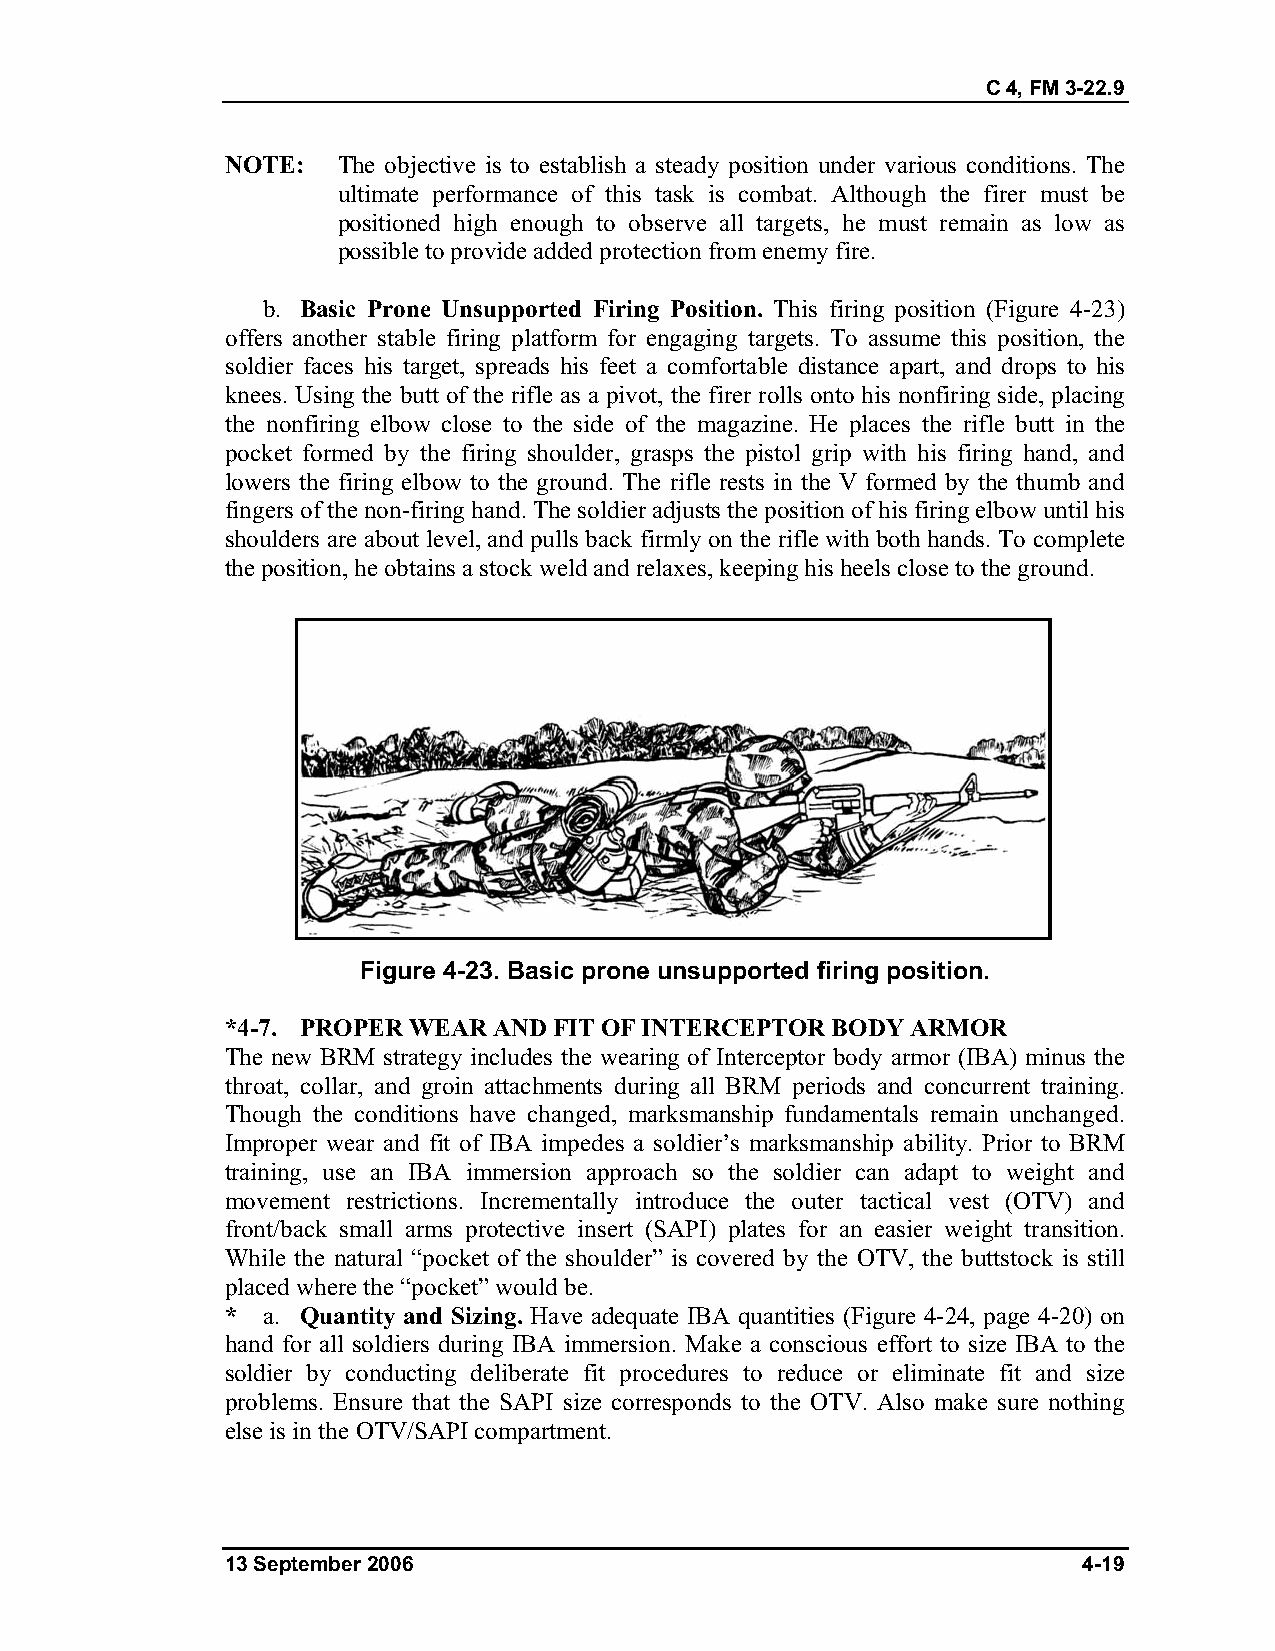
C 4, FM 3-22.9
 NOTE:  The objective is to establish a steady position under various conditions. The
 ultimate performance of this task is combat. Although the firer must be
 positioned high enough to observe all targets, he must remain as low as
 possible to provide added protection from enemy fire.
 b. Basic Prone Unsupported Firing Position. This firing position (Figure 4-23)
 offers another stable firing platform for engaging targets. To assume this position, the
 soldier faces his target, spreads his feet a comfortable distance apart, and drops to his
 knees. Using the butt of the rifle as a pivot, the firer rolls onto his nonfiring side, placing
 the nonfiring elbow close to the side of the magazine. He places the rifle butt in the
 pocket formed by the firing shoulder, grasps the pistol grip with his firing hand, and
 lowers the firing elbow to the ground. The rifle rests in the V formed by the thumb and
 fingers of the non-firing hand. The soldier adjusts the position of his firing elbow until his
 shoulders are about level, and pulls back firmly on the rifle with both hands. To complete
 the position, he obtains a stock weld and relaxes, keeping his heels close to the ground.
 Figure 4-23. Basic prone unsupported firing position.
 *4-7. PROPER WEAR AND FIT OF INTERCEPTOR BODY ARMOR
 The new BRM strategy includes the wearing of Interceptor body armor (IBA) minus the
 throat, collar, and groin attachments during all BRM periods and concurrent training.
 Though the conditions have changed, marksmanship fundamentals remain unchanged.
 Improper wear and fit of IBA impedes a soldier’s marksmanship ability. Prior to BRM
 training, use an IBA immersion approach so the soldier can adapt to weight and
 movement restrictions. Incrementally introduce the outer tactical vest (OTV) and
 front/back small arms protective insert (SAPI) plates for an easier weight transition.
 While the natural “pocket of the shoulder” is covered by the OTV, the buttstock is still
 placed where the “pocket” would be.
 * a. Quantity and Sizing. Have adequate IBA quantities (Figure 4-24, page 4-20) on
 hand for all soldiers during IBA immersion. Make a conscious effort to size IBA to the
 soldier by conducting deliberate fit procedures to reduce or eliminate fit and size
 problems. Ensure that the SAPI size corresponds to the OTV. Also make sure nothing
 else is in the OTV/SAPI compartment.
 13 September 2006                                        4-19